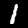
Label: 1